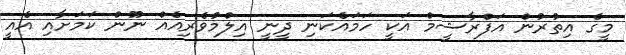
މީގެ އިތުރުން އަފްރާޝީމް އަކީ ހަމައެކަނި ދީނީ އިލްމުވެރިއެެއް ނޫން ކަމަށާއި އެއީ